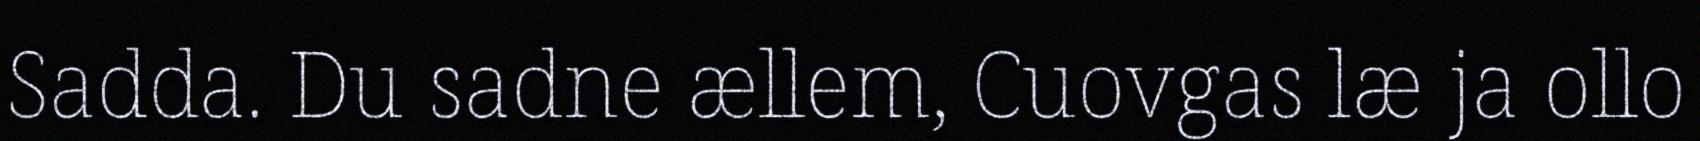
Sadda. Du sadne ællem, Cuovgas læ ja ollo